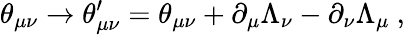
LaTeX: \theta_{\mu\nu}\rightarrow\theta_{\mu\nu}^{\prime}=\theta_{\mu\nu}+\partial_{\mu}\Lambda_{\nu}-\partial_{\nu}\Lambda_{\mu}~,